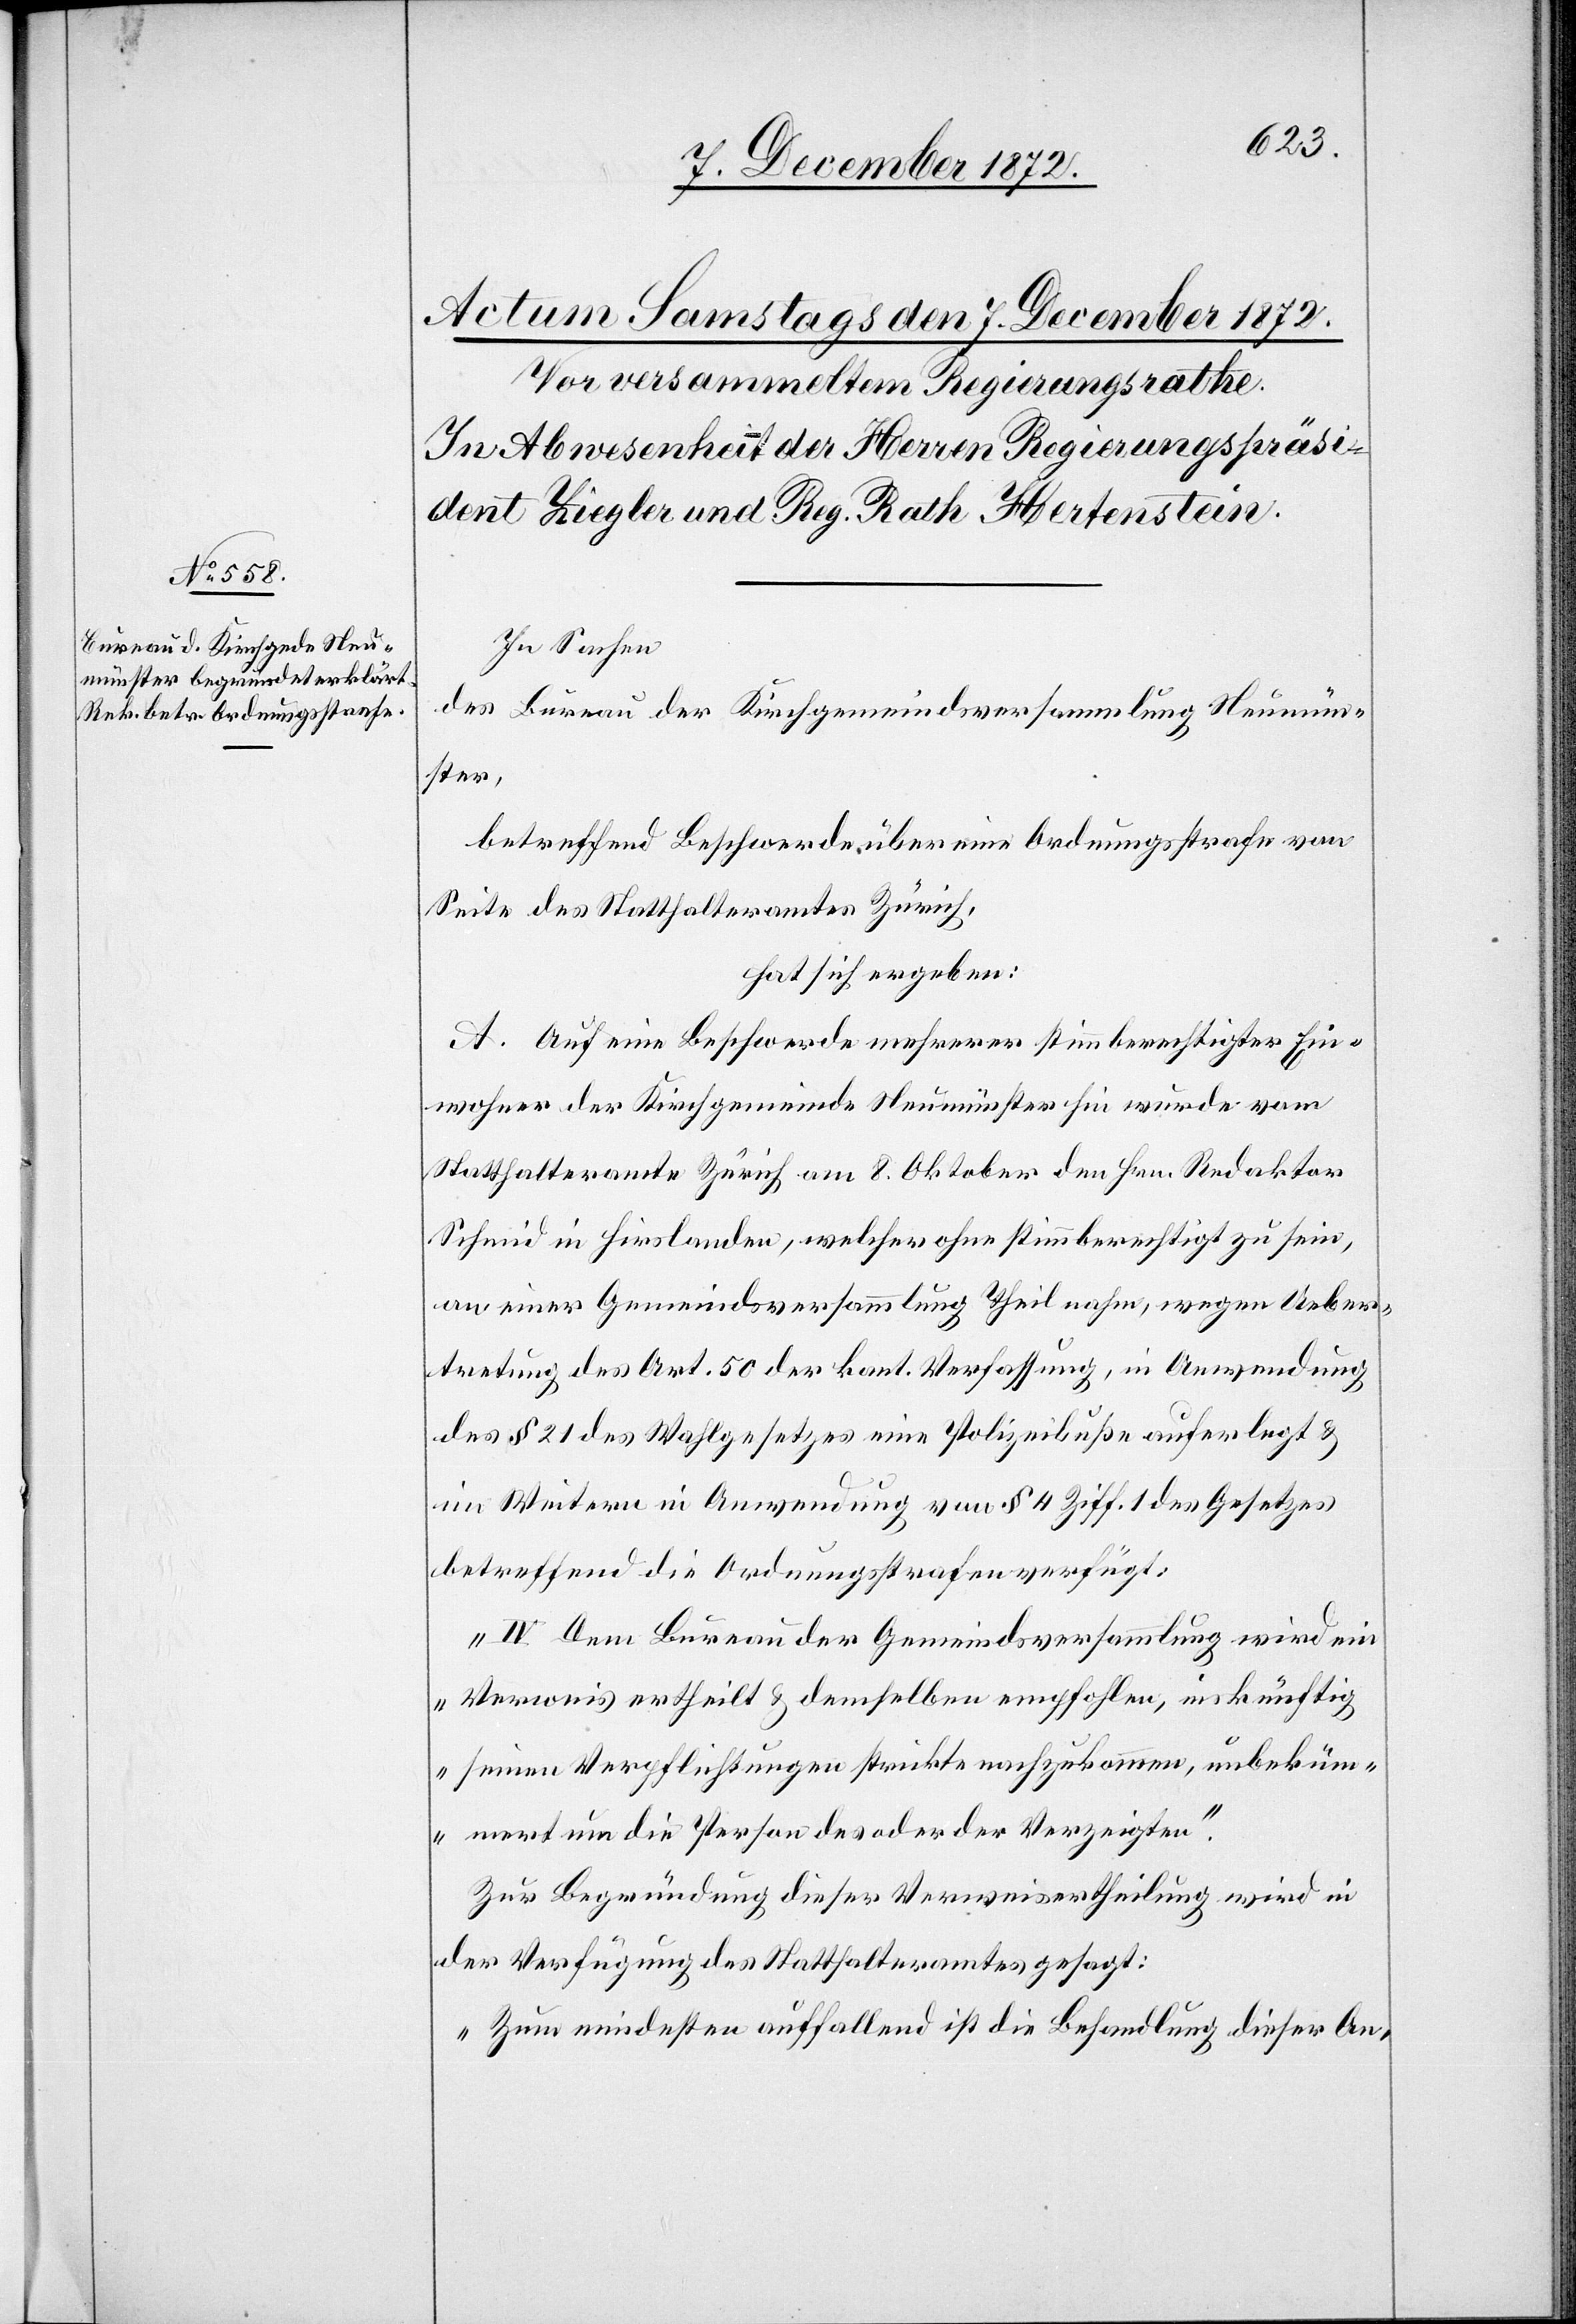
In Sachen
des Bureau der Kirchgemeindsversammlung Neumün¬
ster,
betreffend Beschwerde über eine Ordnungsstrafe von
Seite des Statthalteramtes Zürich,
hat sich ergeben:
A. Auf eine Beschwerde mehrerer stimmberechtigter Ein¬
wohner der Kirchgemeinde Neumünster hin wurde vom
Statthalteramte Zürich am 8. Oktober den Hrn. Redaktor
Schmid in Hirslanden, welcher ohne stimmberechtigt zu sein,
an einer Gemeindsversammlung Theil nahm, wegen Ueber¬
tretung des Art. 50 der kant. Verfassung, in Anwendung
des § 21 des Wahlgesetzes eine Polizeibuße auferlegt u.
im Weitern in Anwendung von § 4 Ziff. 1 des Gesetzes
betreffend die Ordnungsstrafe verfügt:
„IV Dem Bureau der Gemeindsversammlung wird ein
Verweis ertheilt u. demselben empfohlen, inskünftig
seinen Verpflichtungen strickte nachzukommen, unbeküm¬
mert um die Person des oder der Verzeigten.“
Zur Begründung dieser Verweisertheilung wird in
der Verfügung des Statthalteramtes gesagt:
„Zum mindesten auffallend ist die Behandlung dieser An-